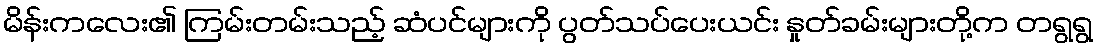
မိန်းကလေး၏ ကြမ်းတမ်းသည့် ဆံပင်များကို ပွတ်သပ်ပေးယင်း နှုတ်ခမ်းများတို့က တရွရွ